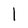
Character: l